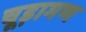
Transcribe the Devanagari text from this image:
चूड़ामण